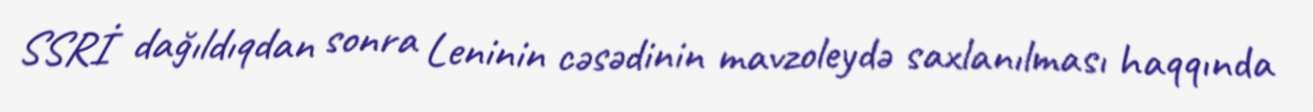
SSRİ dağıldıqdan sonra Leninin cəsədinin mavzoleydə saxlanılması haqqında